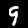
Digit: 9